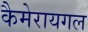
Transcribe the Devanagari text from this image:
कैमेरायगल